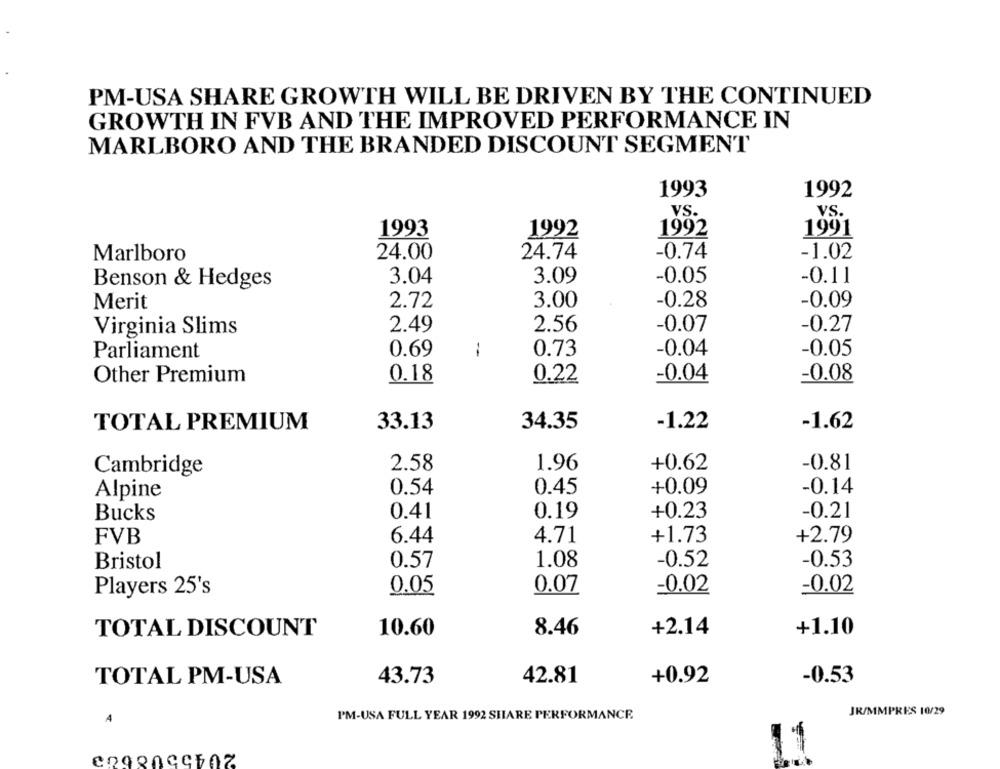
PM-USA SHARE GROWTH WILL BE DRIVEN BY THE CONTINUED
GROWTH IN FVB AND THE IMPROVED PERFORMANCE IN
MARLBORO AND THE BRANDED DISCOUNT SEGMENT
1993
1992
VS.
1993
1991
1992
1982
24.00
24.74
-1.02
Marlboro
-0.74
Benson & Hedges
3.04
3.09
-0.05
-0.11
Merit
2.72
3.00
-0.28
-0.09
Virginia Slims
2.49
2.56
-0.07
-0.27
Parliament
0.69
1
0.73
-0.04
-0.05
0.18
-0.04
-0.08
Other Premium
0.22
TOTAL PREMIUM
33.13
34.35
-1.22
-1.62
2.58
1.96
+0.62
-0.81
Cambridge
0.54
0.45
+0.09
-0.14
Alpine
0.41
0.19
+0.23
-0.21
Bucks
6.44
4.71
+1.73
+2.79
FVB
-0.53
Bristol
0.57
1.08
-0.52
Players 25's
0.05
0.07
-0.02
-0.02
8.46
+2.14
+1.10
TOTAL DISCOUNT
10.60
TOTAL PM-USA
43.73
42.81
+0.92
-0.53
PM-USA FULL YEAR 1992 SHARE PERFORMANCE
JR/MMPRES 10/29
A
11